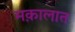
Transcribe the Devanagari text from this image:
मक़ालात